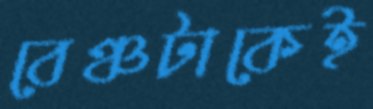
বেঞ্চটাকেই